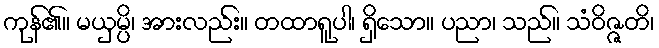
ကုန်၏။ မယှမ္ပိ၊ အားလည်း။ တထာရူပါ၊ ရှိသော။ ပညာ၊ သည်။ သံဝိဇ္ဇတိ၊